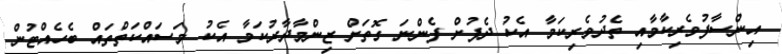
އިންސާފުވެރިކާމާއި ތެދުވެރިކަމާ އެކު ދެފުށް ފެންނަ ގޮތަށް ޒިންމާދާރުކަމާ އެކު މަސައްކަތްތައް ބެހެއްޓުން